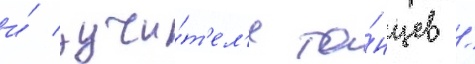
и́ учи́т'ел'я та́нцев /